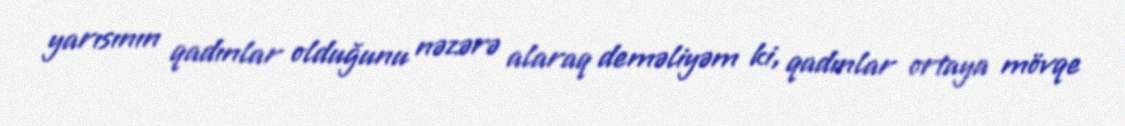
yarısının qadınlar olduğunu nəzərə alaraq deməliyəm ki, qadınlar ortaya mövqe